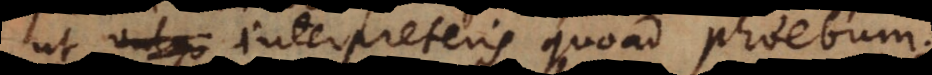
ut vulgo interpreteris quoad Phoebum.